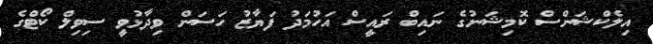
އިލެކްޝަންސް ކޮމިޝަނުގެ ނައިބް ރައީސް އަހުމަދު ފަޔާޒު ހަސަން ވިދާޅުވީ ސިވިލް ކޯޓްގެ